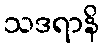
သဒရာနိ